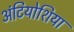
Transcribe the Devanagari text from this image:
अंटियोशिया